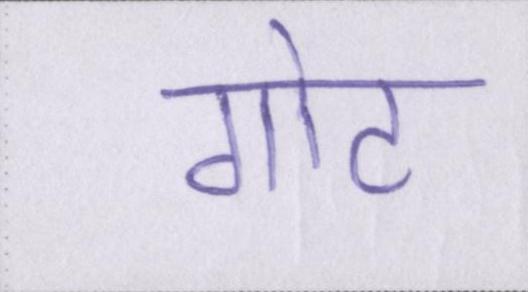
गोट